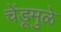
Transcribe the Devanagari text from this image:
चेंडूमुळे